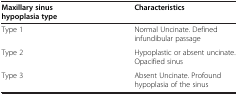
| Maxillary sinus hypoplasia type | Characteristics |
 | --- | --- |
 | Type 1 | Normal Uncinate. Defined infundibular passage |
 | Type 2 | Hypoplastic or absent uncinate. Opacified sinus |
 | Type 3 | Absent Uncinate. Profound hypoplasia of the sinus |